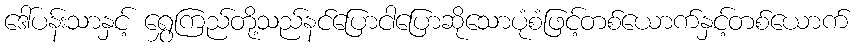
ဒေါ်ပန်းသာနှင့် ရွှေကြည်တို့သည်နင်ပြောငါပြောဆိုသောပုံစံဖြင့်တစ်ယောက်နှင့်တစ်ယောက်